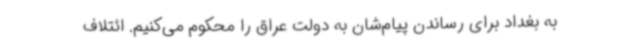
به بغداد برای رساندن پیام‌شان به دولت عراق را محکوم می‌کنیم. ائتلاف